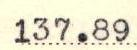
137.89